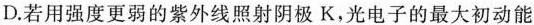
D.若用强度更弱的紫外线照射阴极K，光电子的最大初动能